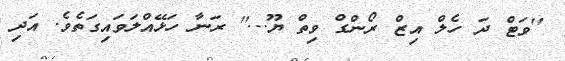
''ވަޓް ދަ ހެލް އިޒް ރޯންގް ވިތް ޔޫ...'' ރަނާ ހަޅޭއްލަވައިގަތެވެ. އަދި